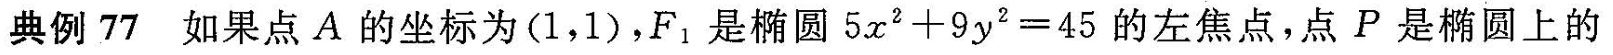
典例77如果点A的坐标为(1，1)，F_{1}|是椭圆$$5x^{2}+9y^{2}=45$$的左焦点，点P是椭圆上的